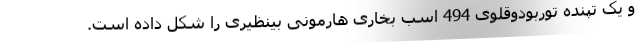
و یک تپنده توربودوقلوی 494 اسب بخاری هارمونی بینظیری را شکل داده است.